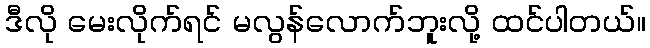
ဒီလို မေးလိုက်ရင် မလွန်လောက်ဘူးလို့ ထင်ပါတယ်။